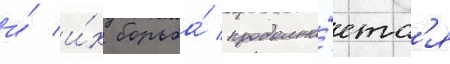
и́ и́х борьба́ продолжа́етс'я